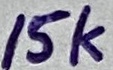
Text: 15k